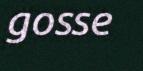
gosse